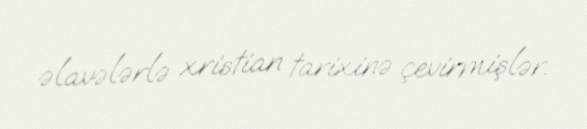
əlavələrlə xristian tarixinə çevirmişlər.